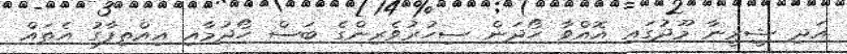
އަދި ޝީރީނާ މޫދުގައި އޮއްވާ ހޯދަން ސިހުރުވެރިންގެ ބަސް ހޯދުމާއި އިއްތިފާގު އެތައް